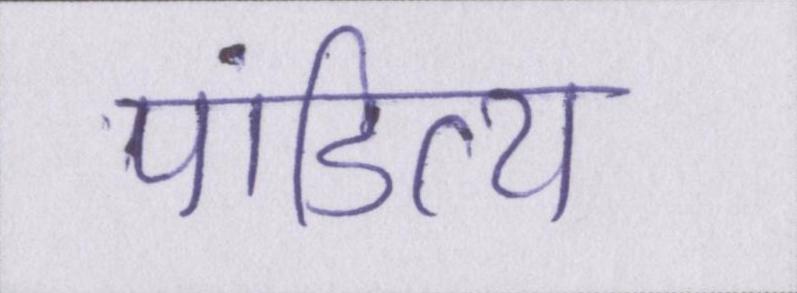
पांडित्य